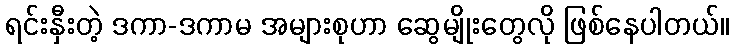
ရင်းနှီးတဲ့ ဒကာ-ဒကာမ အများစုဟာ ဆွေမျိုးတွေလို ဖြစ်နေပါတယ်။